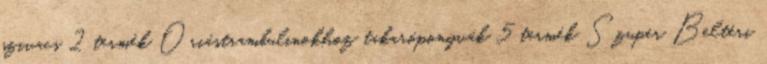
szivacs 2 termék Óriástrambulinokhoz takaróponyvák 5 termék Szuper Beltéri